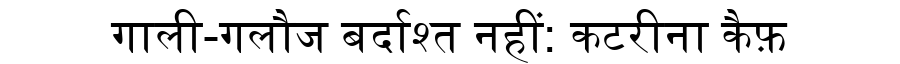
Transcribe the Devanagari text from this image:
गाली-गलौज बर्दाश्त नहीं: कटरीना कैफ़